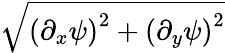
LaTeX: \sqrt{\left(\partial_{x}\psi\right)^{2}+\left(\partial_{y}\psi\right)^{2}}